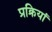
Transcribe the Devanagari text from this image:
प्रक्रियां